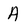
Character: A